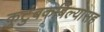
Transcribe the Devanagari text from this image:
कुटुंबकबिल्यासह